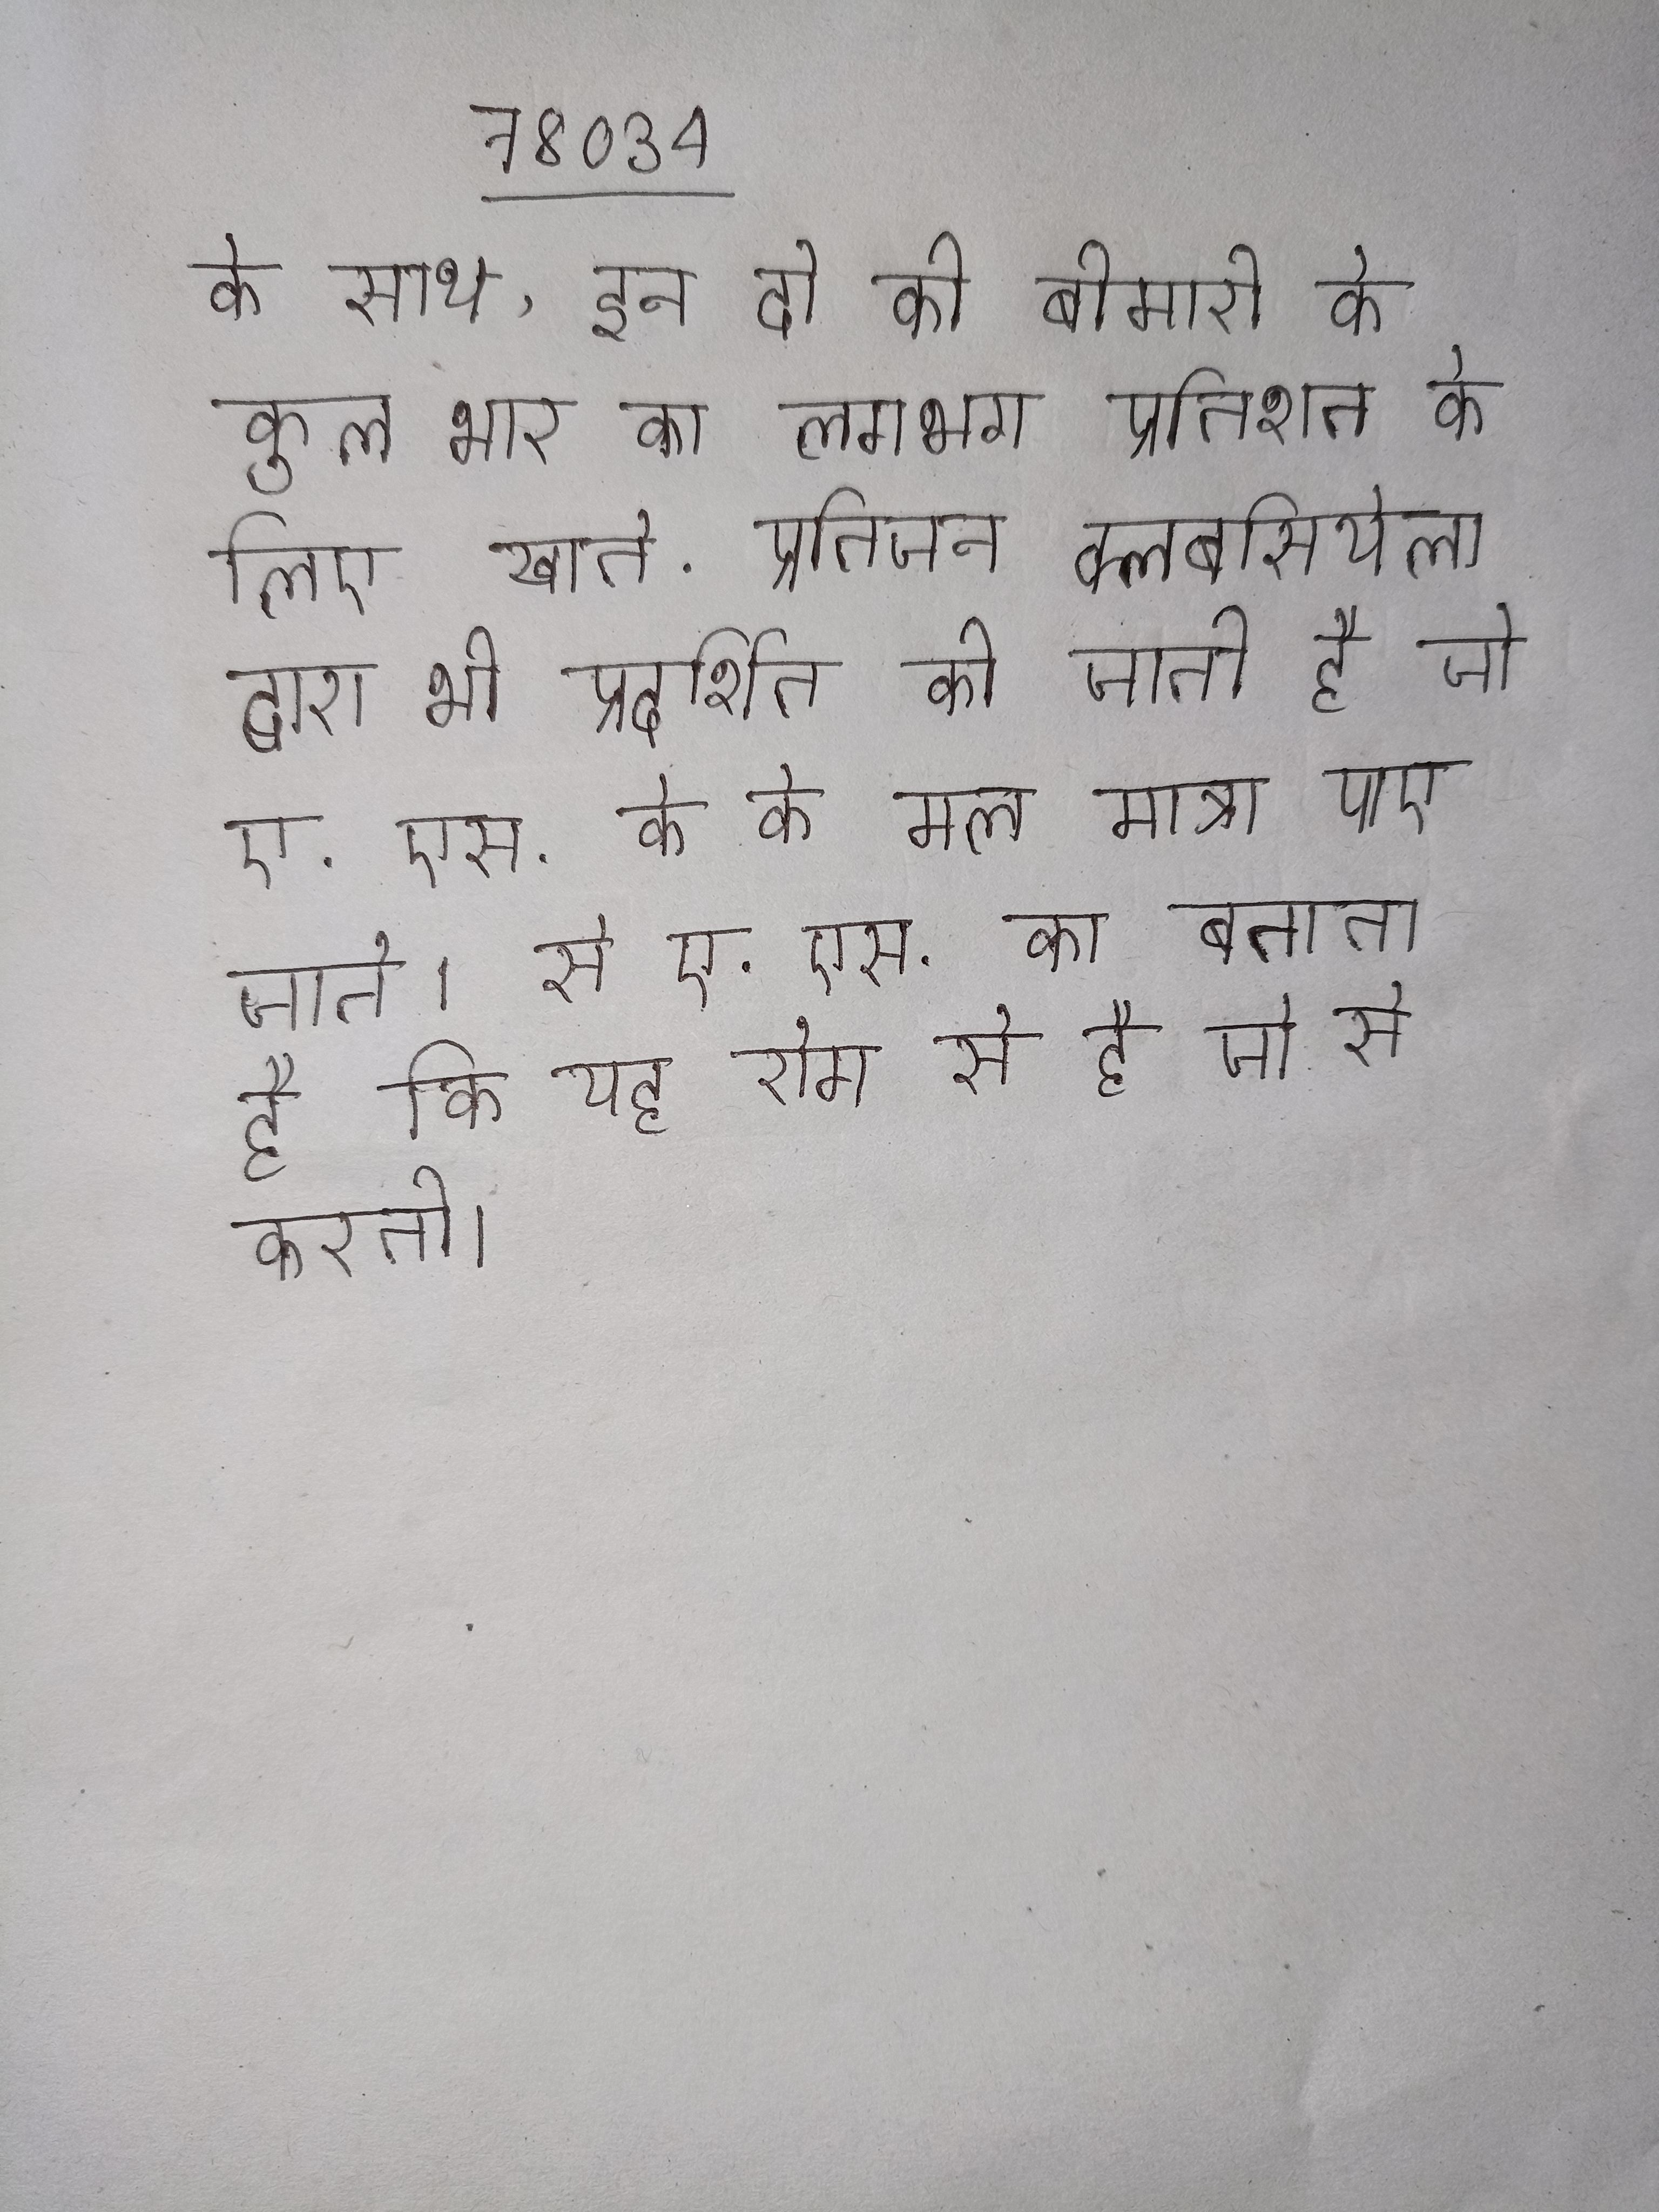
के साथ, इन दो की बीमारी के कुल भार का लगभग प्रतिशत के लिए खाते . प्रतिजन क्लेबसियेला द्वारा भी प्रदर्शित की जाती है जो ए.एस. के के मल मात्रा पाए जाते । से ए.एस. का बताता है कि यह रोग से है जो से करती ।